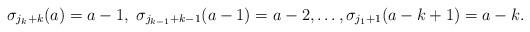
LaTeX: \begin{align*}\sigma_{j_k+k} (a) = a-1,\ \sigma_{j_{k-1}+k-1} (a-1) = a-2,\dots, \sigma_{j_1+1} (a-k+1) = a-k.\end{align*}